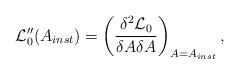
LaTeX: \begin{align*}{\cal L}_0''(A_{inst}) = \left( \frac {\delta^2 {\cal L}_0}{\delta A \delta A} \right)_{A=A_{inst}},\end{align*}